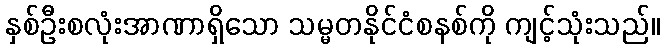
နှစ်ဦးစလုံးအာဏာရှိသော သမ္မတနိုင်ငံစနစ်ကို ကျင့်သုံးသည်။